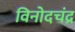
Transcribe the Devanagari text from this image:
विनोदचंद्र